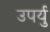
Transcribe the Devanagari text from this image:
उपर्यु